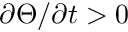
\partial \Theta / \partial t > 0